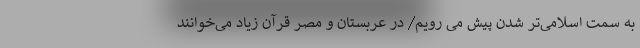
به سمت اسلامی‌تر شدن پیش می رویم/ در عربستان و مصر قرآن زیاد می‌خوانند